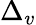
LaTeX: \Delta_{v}